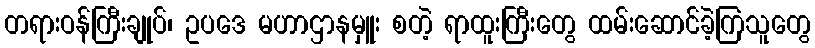
တရားဝန်ကြီးချုပ်၊ ဥပဒေ မဟာဌာနမှူး စတဲ့ ရာထူးကြီးတွေ ထမ်းဆောင်ခဲ့ကြသူတွေ